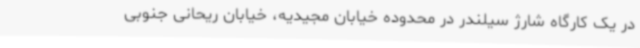
در یک کارگاه شارژ سیلندر در محدوده خیابان مجیدیه، خیابان ریحانی جنوبی